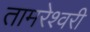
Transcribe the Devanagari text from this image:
तामरेश्वरी